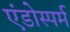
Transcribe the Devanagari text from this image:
एंडोस्पर्म